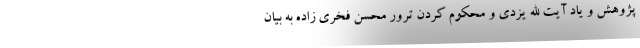
پژوهش و یاد آیت الله یزدی و محکوم کردن ترور محسن فخری زاده به بیان